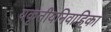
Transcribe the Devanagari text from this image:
यकृतीयनिवाहिका